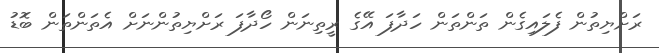
ރަށްޔިތުން ފެލައިގެން ތަންތަން ހަދާފަ އޭގެ ރީތިނަން ހޯދާފަ ރަށްޔިތުންނަށް އެތަންތަން ބޮޑު